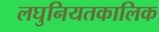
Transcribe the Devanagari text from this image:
लघुनियतकालिक